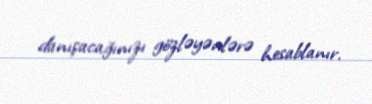
danışacağınızı gözləyənlərə hesablanır.